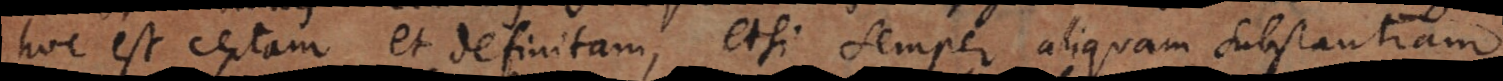
hoc est certam et definitam, etsi semper aliquam substantiam